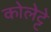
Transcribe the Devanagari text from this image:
कोलेट्टे